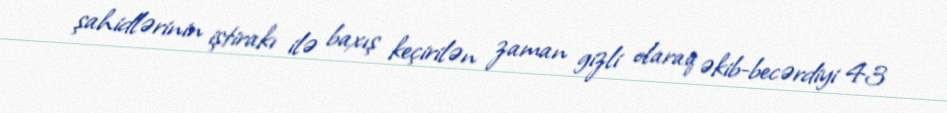
şahidlərinin iştirakı ilə baxış keçirilən zaman gizli olaraq əkib-becərdiyi 43